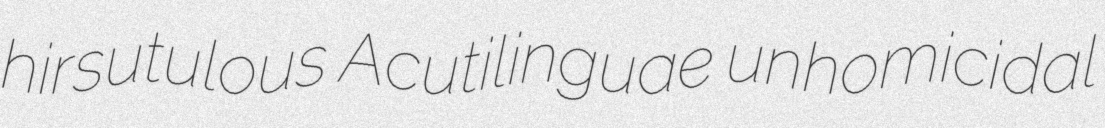
hirsutulous Acutilinguae unhomicidal